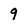
Character: 9